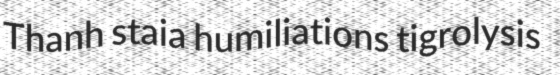
Thanh staia humiliations tigrolysis